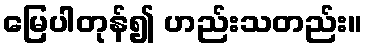
မြေပါတုန်၍ ဟည်းသတည်း။